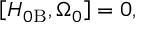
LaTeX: \left[ H _ { 0 \mathrm { B } } , \Omega _ { 0 } \right] = 0 ,